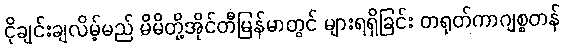
ငိုချင်းချလိမ့်မည် မိမိတို့အိုင်တီမြန်မာတွင် များရရှိခြင်း တရုတ်ကာဂျစ္စတန်